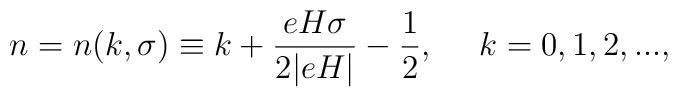
n = n(k,\sigma) \equiv k + \frac{e H \sigma}{2 |e H|} - \frac{1}{2},~~~~k = 0, 1, 2, ...,